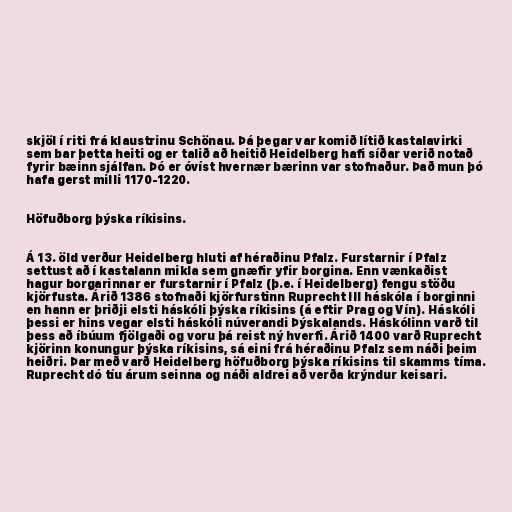
skjöl í riti frá klaustrinu Schönau. Þá þegar var komið lítið kastalavirki
sem bar þetta heiti og er talið að heitið Heidelberg hafi síðar verið notað
fyrir bæinn sjálfan. Þó er óvíst hvernær bærinn var stofnaður. Það mun þó
hafa gerst milli 1170-1220.

Höfuðborg þýska ríkisins.

Á 13. öld verður Heidelberg hluti af héraðinu Pfalz. Furstarnir í Pfalz
settust að í kastalann mikla sem gnæfir yfir borgina. Enn vænkaðist
hagur borgarinnar er furstarnir í Pfalz (þ.e. í Heidelberg) fengu stöðu
kjörfusta. Árið 1386 stofnaði kjörfurstinn Ruprecht III háskóla í borginni
en hann er þriðji elsti háskóli þýska ríkisins (á eftir Prag og Vín). Háskóli
þessi er hins vegar elsti háskóli núverandi Þýskalands. Háskólinn varð til
þess að íbúum fjölgaði og voru þá reist ný hverfi. Árið 1400 varð Ruprecht
kjörinn konungur þýska ríkisins, sá eini frá héraðinu Pfalz sem náði þeim
heiðri. Þar með varð Heidelberg höfuðborg þýska ríkisins til skamms tíma.
Ruprecht dó tíu árum seinna og náði aldrei að verða krýndur keisari.